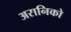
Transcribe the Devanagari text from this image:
अरानिको